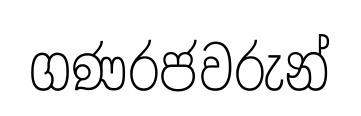
ගණරජවරුන්